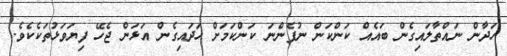
ހަދާން ނައްތާލައިގެން ބައެއް ކަންކަން ނުފެންނަ ކަންކަމަށް ހަދައިގެން އަޅަން ޖެހޭ ފިޔަވަޅުތަކެކެވެ.